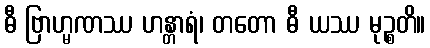
ဓီ ဗြာဟ္မဏဿ ဟန္တာရံ၊ တတော ဓီ ယဿ မုဉ္စတိ။